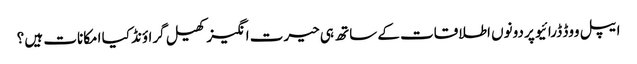
ایپل ووڈ ڈرائیو پر دونوں اطلاقات کے ساتھ ہی حیرت انگیز کھیل گراؤنڈ کیا امکانات ہیں ؟